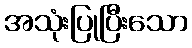
အသုံးပြုပြီးသော